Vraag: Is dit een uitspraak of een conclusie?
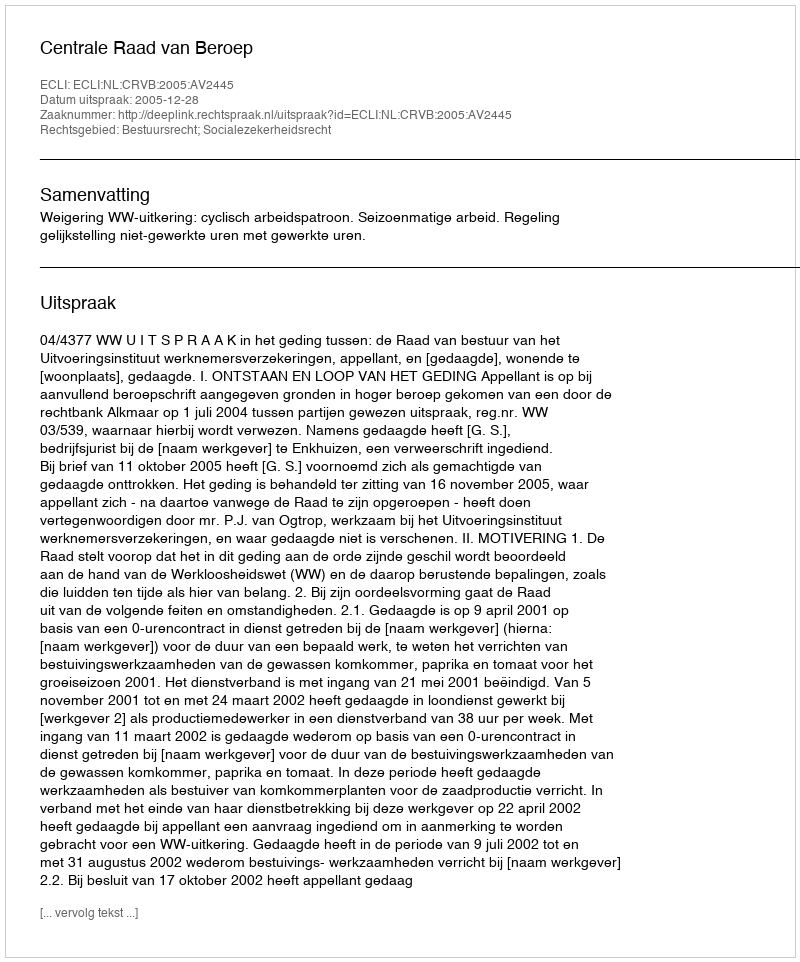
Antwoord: Uitspraak